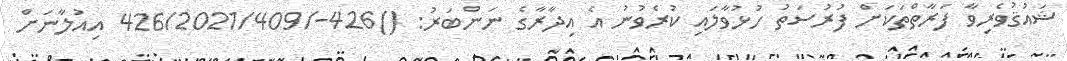
ޝައުޤުވެރިވާ ފަރާތްތަކަށް ފުރުސަތު ހުޅުވާލައި ކުރެވުނު އެ އިދާރާގެ ނަންބަރު: ()426-/426/2021/409 އިއުލާނަށް